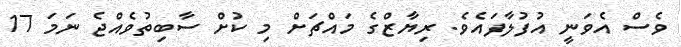
ވެސް އެވަނީ އުފުލާފައެވެ. ރިޔާޒްގެ މައްޗަށް މި ކުށް ސާބިތުވެއްޖެ ނަމަ 17